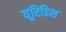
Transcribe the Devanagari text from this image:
यूरिडिस